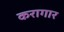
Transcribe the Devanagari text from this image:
करागार